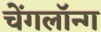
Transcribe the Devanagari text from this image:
चेंगलॉन्ग